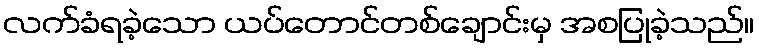
လက်ခံရခဲ့သော ယပ်တောင်တစ်ချောင်းမှ အစပြုခဲ့သည်။